Leningradi_Edasi_toimetus, lk 6
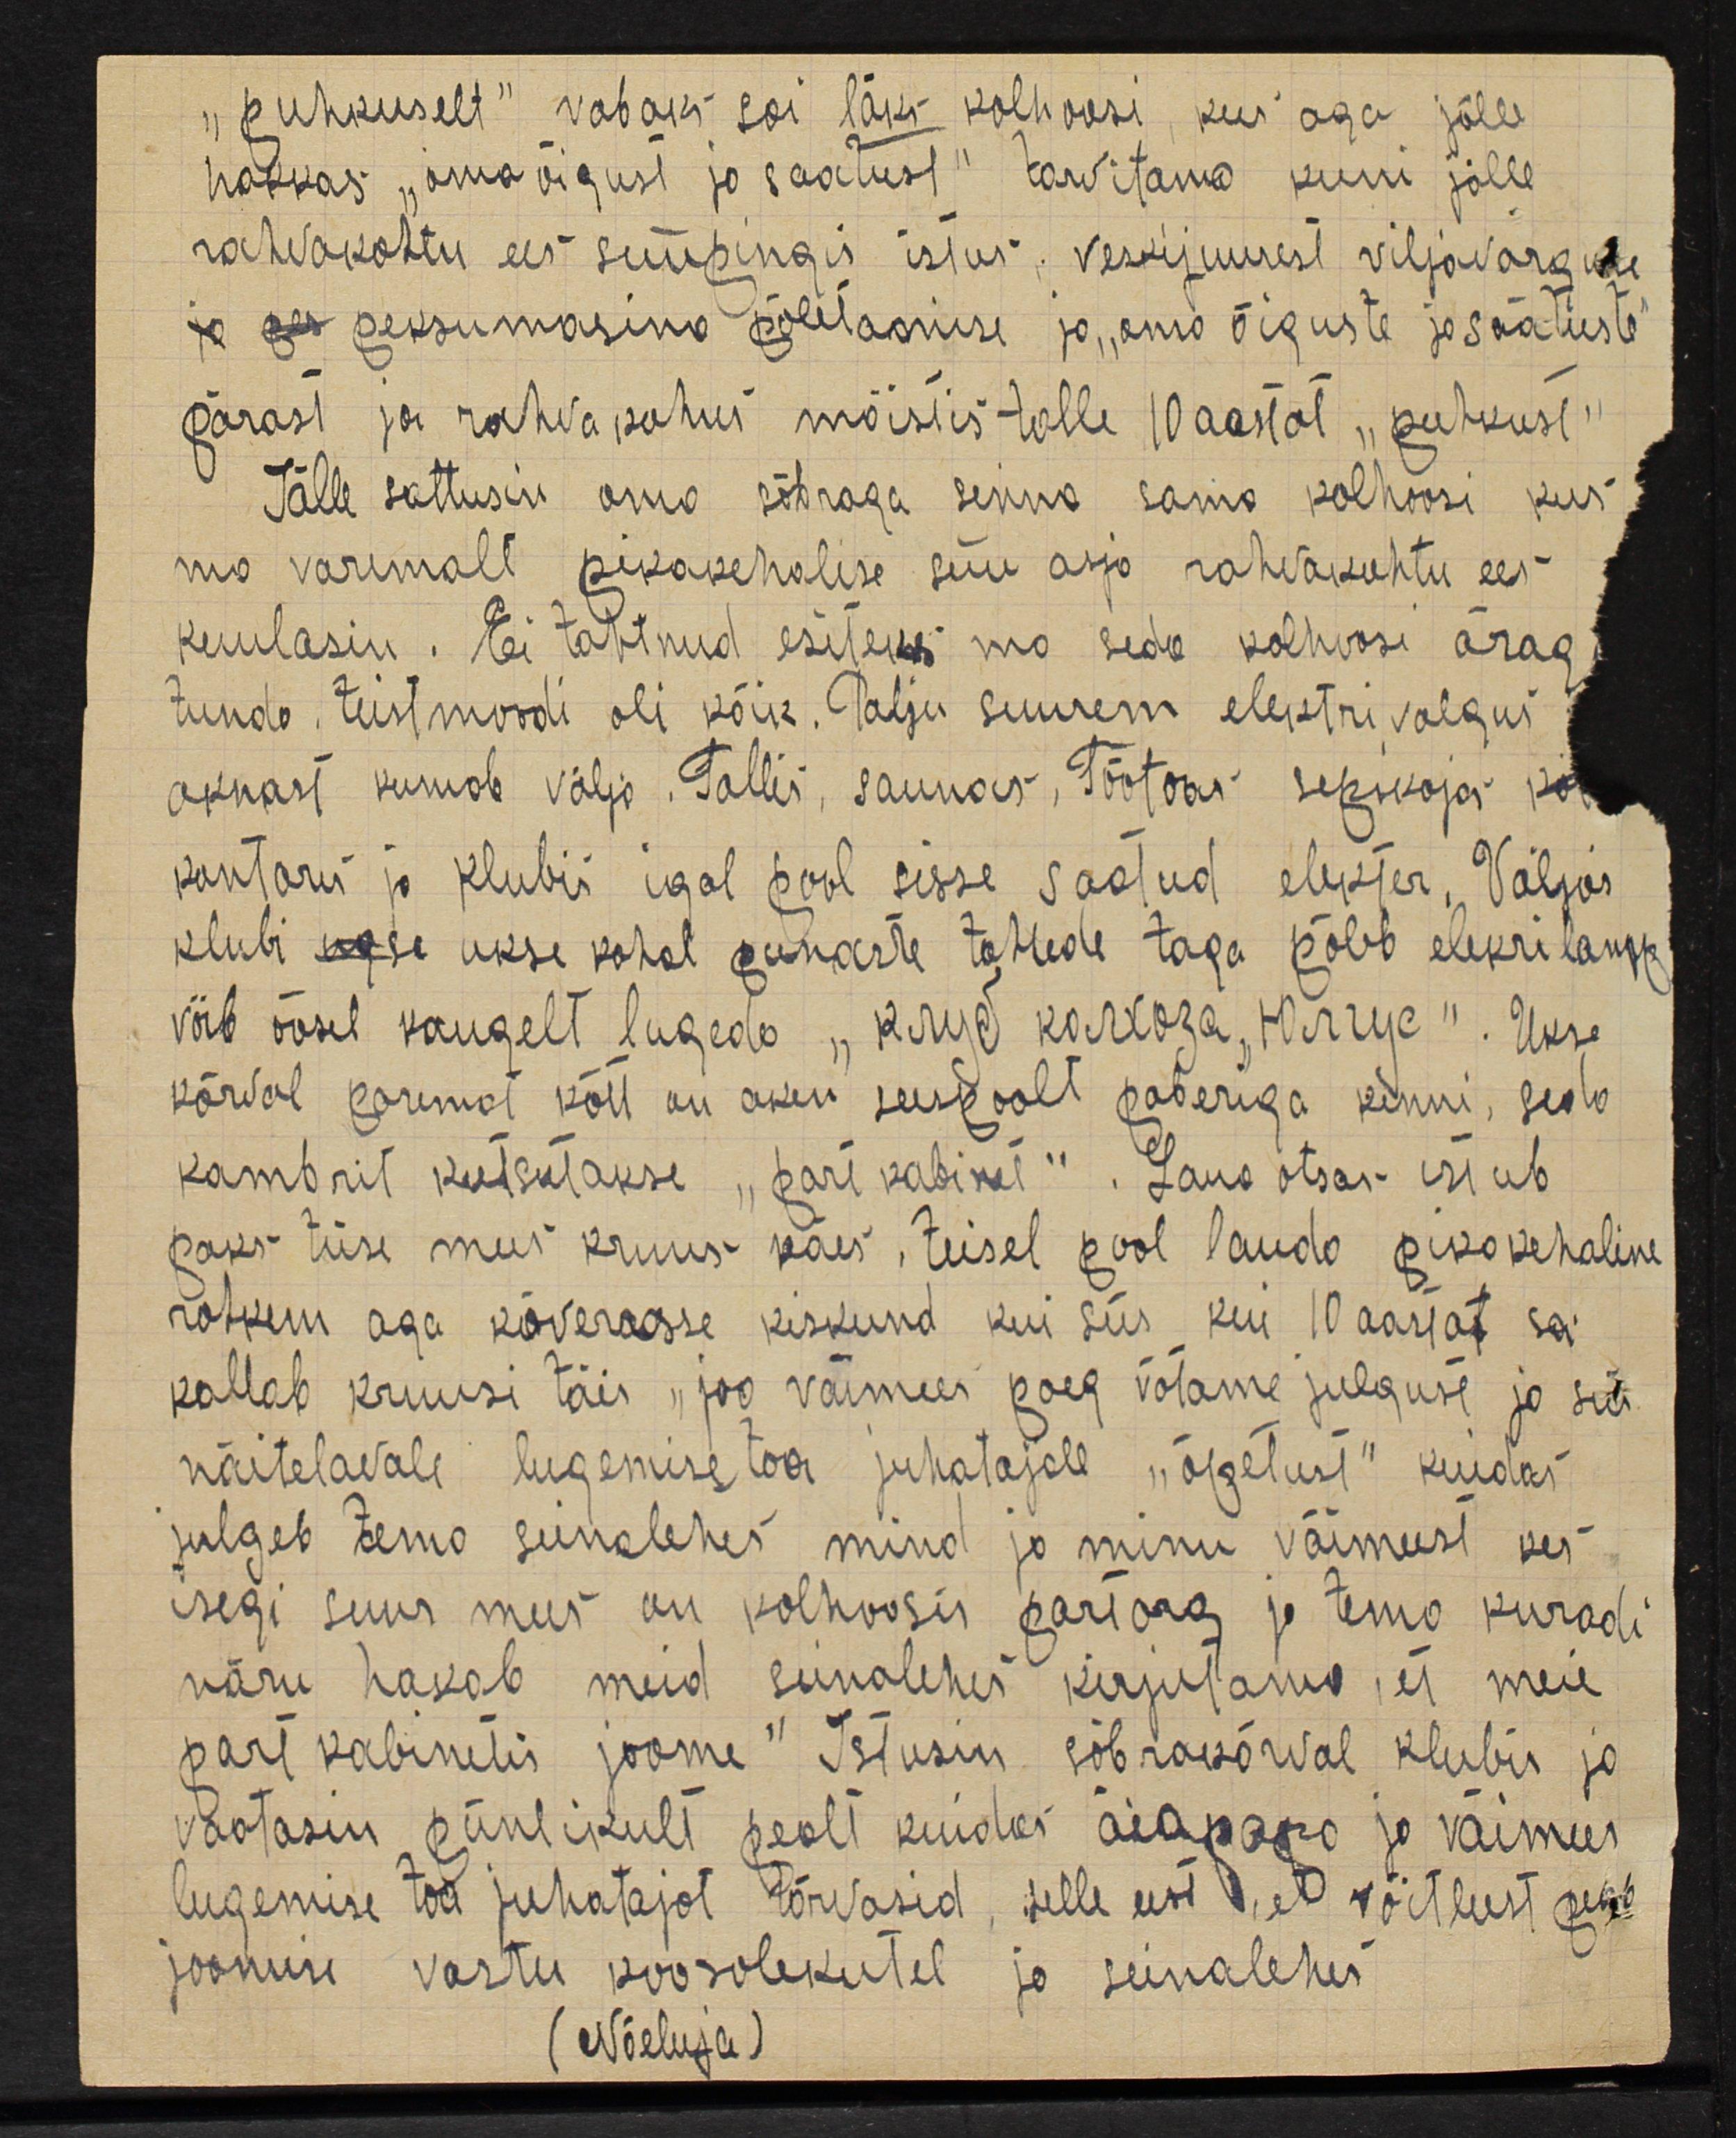
"puhkuselt" vabaks sai läks kolhoosi, kus aga jälle
hakkas "oma õigust ja saatust" tarvitama kuni jälle
rahvakohtu ees süüpingis istus, veskijuurest viljavarguse
peksumasina põletamise ja "oma õiguste ja säätuste"
pärast ja rahva kohus mõistis talle 10 aastat "puhkust"
Jälle sattusin oma sõbraga sinna sama kolhoosi kus
ma varemalt pikakehalise süü asja rahvakohtu ees
kuulasin. Ei tahtnud esiteks ma seda kolhoosi äragi
tunda, teistmoodi oli kõik. Palju suurem elektri valgus
aknast kumab välja. Tallis, saunas, Töötoas sepkojas
kontoris ja klubis igal pool sisse saatud elektor. Väljas
klubi ukse kohal punaste tahtede taga põleb elekrilamp
võib öösel kaugelt lugeda "Клуй колоца "Härчус". Ukse
kõrval paremat kätt on aken seespoolt paberiga kinni, seda
kambrit kutsutakse "part kabinet". Laua otsas istub
paks tüse mees kruus käes, teisel pool lauda pikakehaline
rohkem aga kõverasse kiskund kui siis kui 10 aastat sai
kallab kruusi täis "joo väimees poeg võtame julgust ja siis
näitelavale lugemise toa juhatajale "õpetust" kuidas
julgeb tema seinalehes mind ja minu väimeest kes
isegi suur mees on kolhoosis partorg ja tema kuradi
näru hakab meid seinalehes kirjutama, et meie
part kabinetis joome" Istusin sõbrakõrval klubis ja
vaatasin piinlikult pealt kuidas äiapapa ja väimees
lugemise toa juhatajat tõrvasid, selle eest, et võitlust peab
joomise vastu koosolekutel ja seinalehes
(Nõeluja)